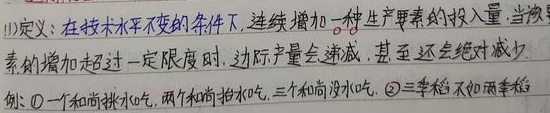
\textcircled{1}定义：在技术水平不变的条件下，连续增加一种生产要素的投入量，当该要素的增加超过一定限度时，边际产量会递减，甚至还会绝对减少。

例：
\textcircled{1}一个和尚挑水吃，两个和尚抬水吃，三个和尚没水吃。
\textcircled{2}三季稻不如两季稻。